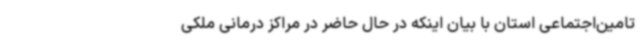
تامین‌اجتماعی استان با بیان اینکه در حال حاضر در مراکز درمانی ملکی